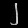
Digit: ၂